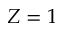
Z = 1